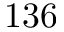
1 3 6